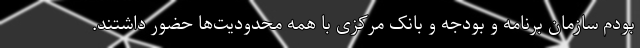
بودم سازمان برنامه و بودجه و بانک مرکزی با همه محدودیت‌ها حضور داشتند.